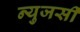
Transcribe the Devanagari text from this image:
न्युजर्सी